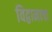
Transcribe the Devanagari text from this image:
विद्वानाचा